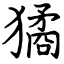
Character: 獝